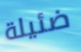
ضئيلة